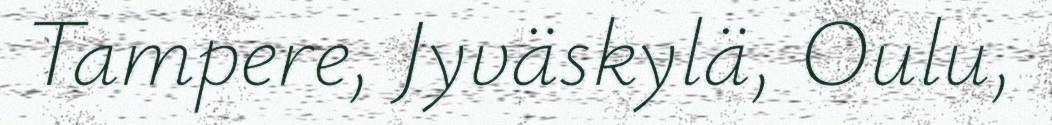
Tampere, Jyväskylä, Oulu,